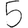
Digit: 5